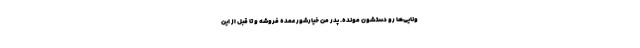
ونایی‌ها رو دستشون مونده. پدر من خیارشور عمده فروشه و تا قبل از این